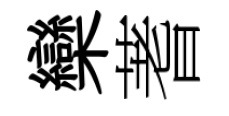
欒蓍